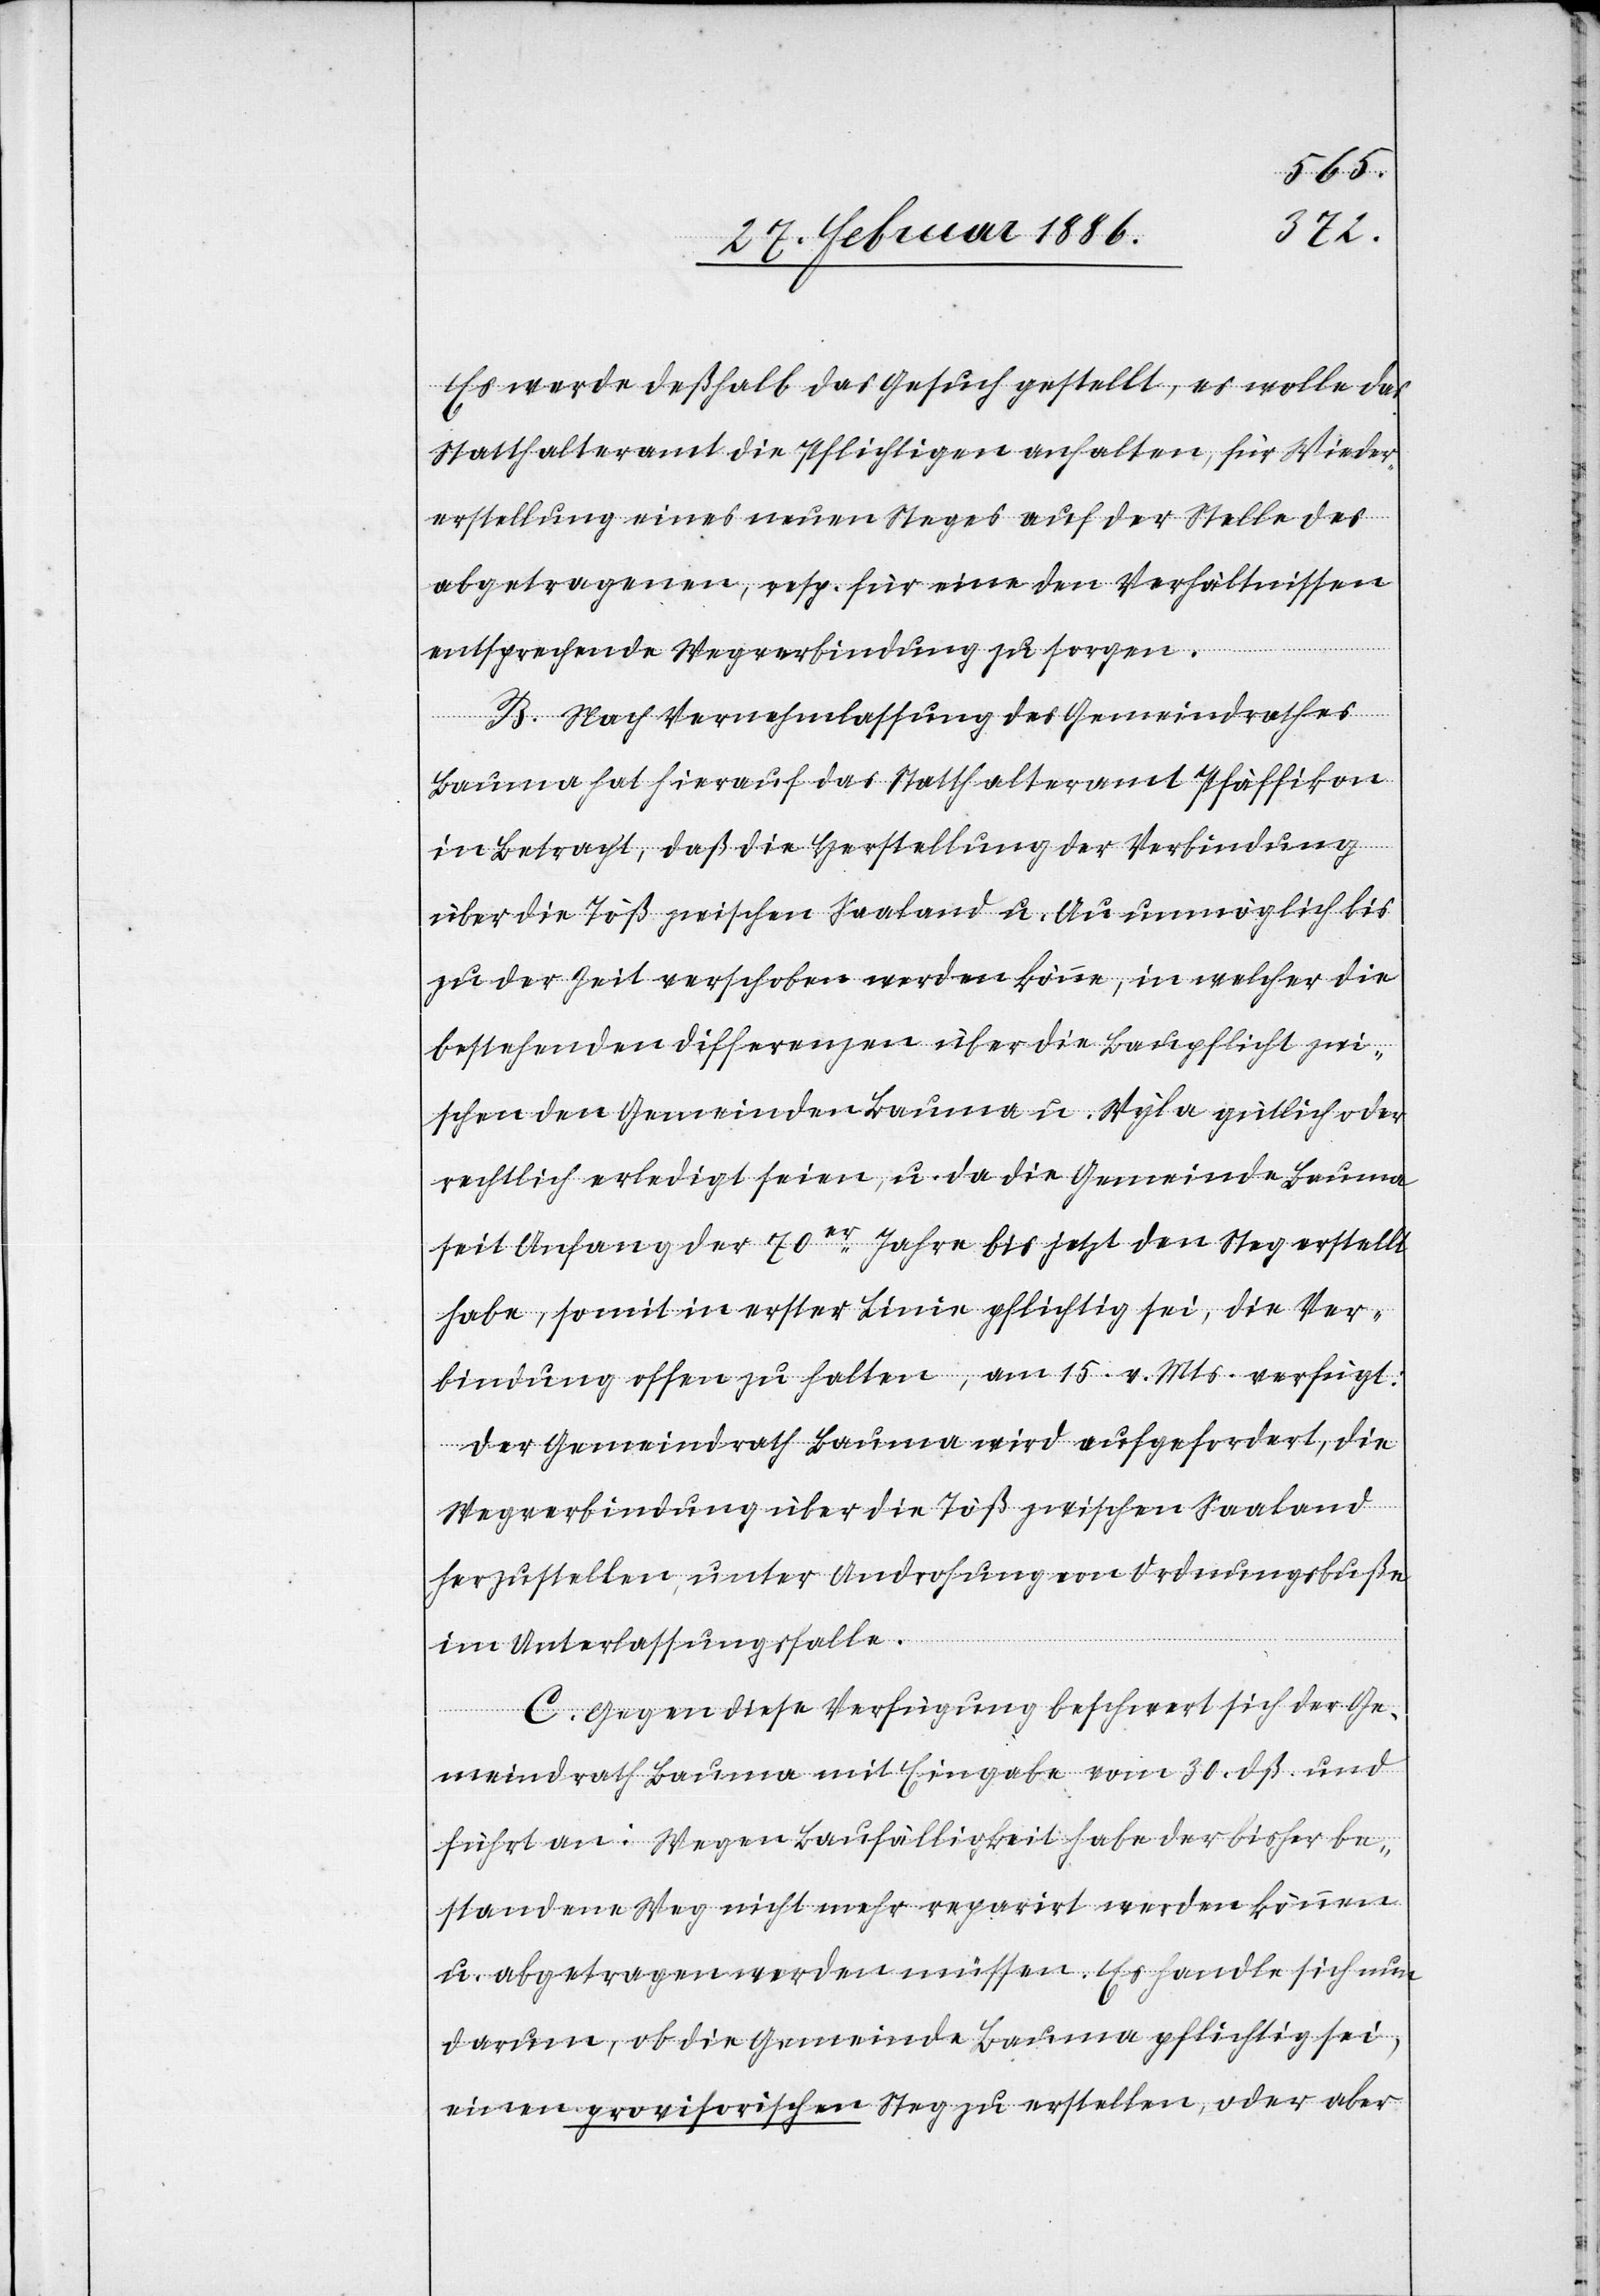
Es werde deßhalb das Gesuch gestellt, es wolle das
Statthalteramt die Pflichtigen anhalten, für Wieder¬
erstellung eines neuen Steges auf der Stelle des
abgetragenen, resp. für eine den Verhältnissen
entsprechende Wegverbindung zu sorgen.
B. Nach Vernehmlassung des Gemeindrathes
Bauma hat hierauf das Statthalteramt Pfäffikon
in Betracht, daß die Herstellung der Verbindung
über die Töß zwischen Saaland u. Au unmöglich bis
zu der Zeit verschoben werden könne, in welcher die
bestehenden Differenzen über die Baupflicht zwi¬
schen den Gemeinden Bauma u. Wyla gütlich oder
rechtlich erledigt seien, u. da die Gemeinde Bauma
seit Anfang der 70er Jahr bis jetzt den Steg erstellt
habe, somit in erster Linie pflichtig sei, die Ver¬
bindung offen zu halten, am 15. v. Mts. verfügt:
Der Gemeindrath Bauma wird angefordert, die
Wegverbindung über die Töß zwischen Saaland
herzustellen, unter Androhung von Ordnungsbuße
im Unterlassungsfalle.
C. Gegen diese Verfügung beschwert sich der Ge¬
meindrath Bauma mit Eingabe vom 30. dß. und
führt an: Wegen Baufälligkeit habe der bisher be¬
standene Weg nicht mehr reparirt werden können
u. abgetragen werden müssen. Es handle sich nun
darum, ob die Gemeinde Bauma pflichtig sei,
einen provisorischen Steg zu erstellen, oder aber